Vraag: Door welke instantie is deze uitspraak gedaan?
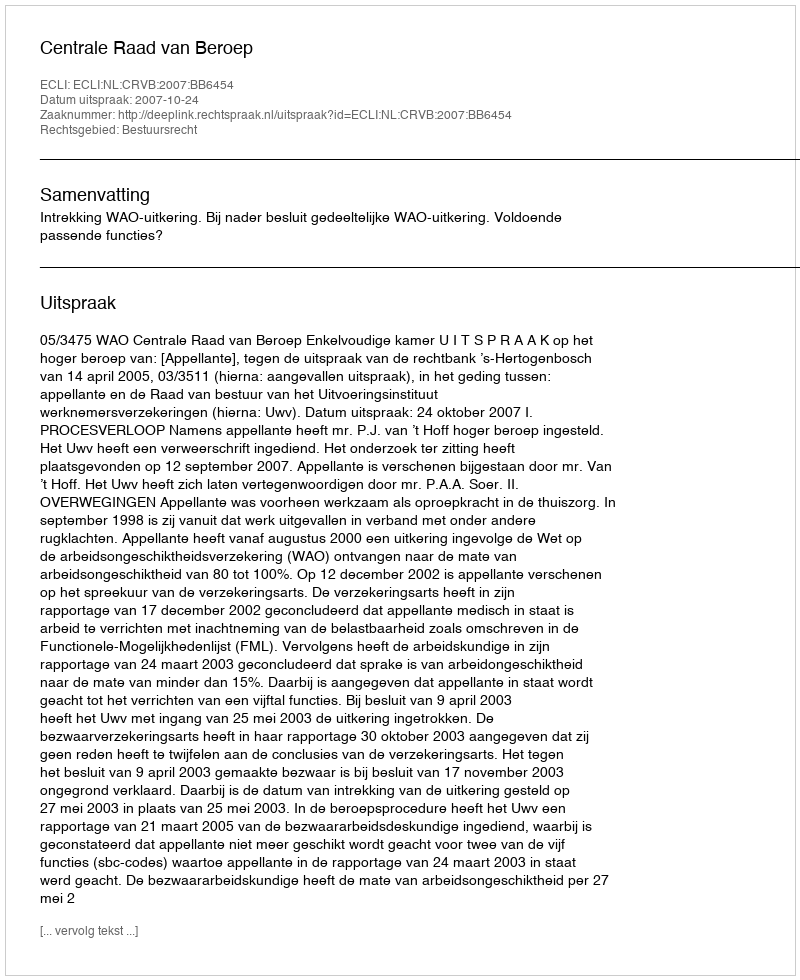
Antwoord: Centrale Raad van Beroep